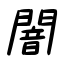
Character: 闇